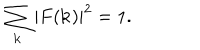
\sum _ { \bf k } \left| F ( { \bf k } ) \right| ^ { 2 } = 1 .